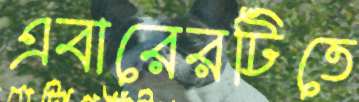
এবারেরটিতে